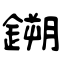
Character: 鎙